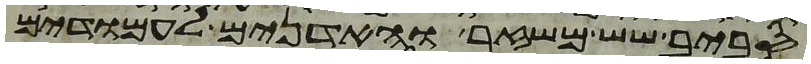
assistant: סביב שש משזר והאדנים לעמודים